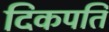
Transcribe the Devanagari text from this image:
दिकपति